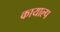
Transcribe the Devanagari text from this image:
कायाल्प